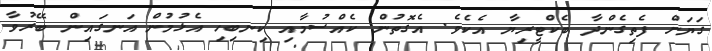
ގަޔަށް ފެތިގެންދާ ބެކްޓީރިޔާ އެކެވެ. އެގޮތުން ކެއްސުމާއި ކިނބިހި އެޅުމުން އަނގައިން ބޭރުވާ